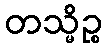
တသ္မိဉ္စ